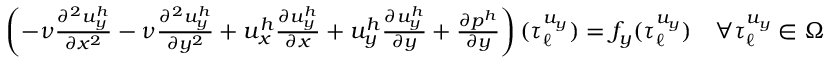
\begin{array} { r } { \left( - \nu \frac { \partial ^ { 2 } u _ { y } ^ { h } } { \partial x ^ { 2 } } - \nu \frac { \partial ^ { 2 } u _ { y } ^ { h } } { \partial y ^ { 2 } } + u _ { x } ^ { h } \frac { \partial u _ { y } ^ { h } } { \partial x } + u _ { y } ^ { h } \frac { \partial u _ { y } ^ { h } } { \partial y } + \frac { \partial p ^ { h } } { \partial y } \right) ( \boldsymbol { \tau } _ { \ell } ^ { u _ { y } } ) = f _ { y } ( \boldsymbol { \tau } _ { \ell } ^ { u _ { y } } ) \quad \forall \boldsymbol { \tau } _ { \ell } ^ { u _ { y } } \in \Omega } \end{array}